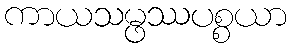
ကာယသမ္ဖဿပစ္စယာ